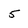
Character: 5